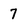
Character: 7